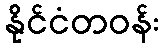
နိုင်ငံတဝန်း